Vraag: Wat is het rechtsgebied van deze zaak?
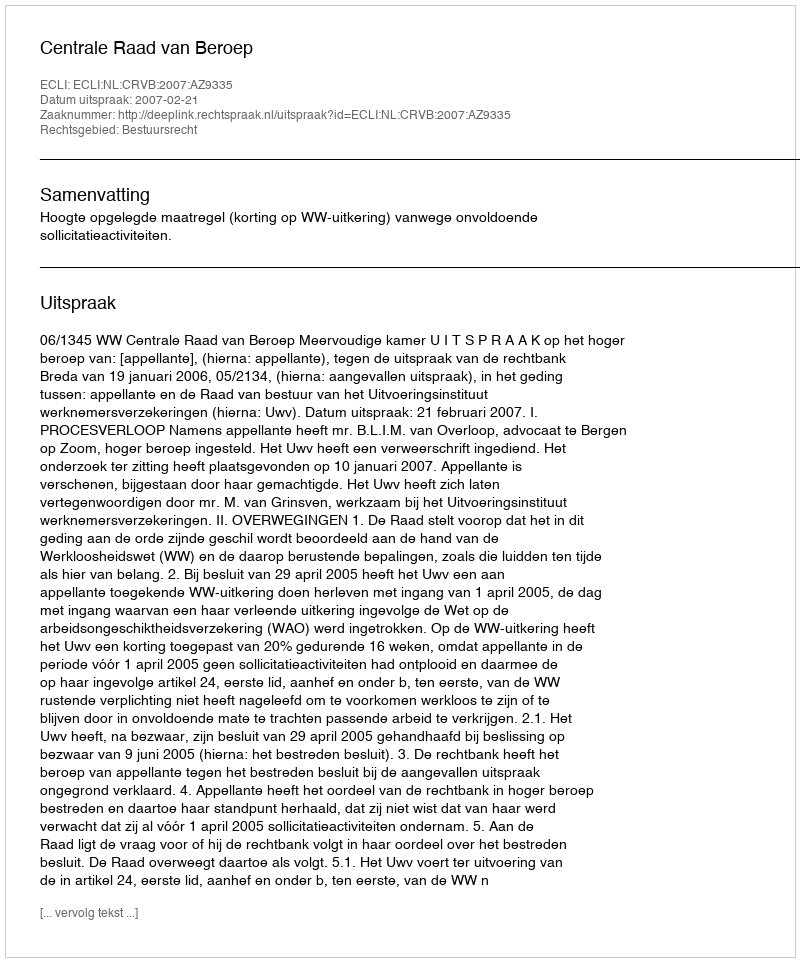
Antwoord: Bestuursrecht